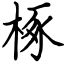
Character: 椓